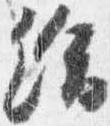
給